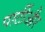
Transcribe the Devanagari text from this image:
पार्टीऔर